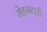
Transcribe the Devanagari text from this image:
मेहनदारी